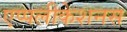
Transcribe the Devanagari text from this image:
एप्पलीकेशनस